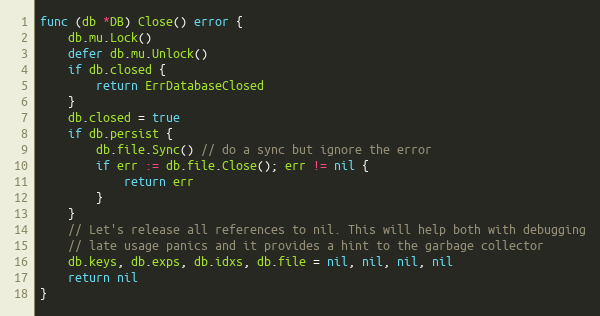
Language: Go
func (db *DB) Close() error {
	db.mu.Lock()
	defer db.mu.Unlock()
	if db.closed {
		return ErrDatabaseClosed
	}
	db.closed = true
	if db.persist {
		db.file.Sync() // do a sync but ignore the error
		if err := db.file.Close(); err != nil {
			return err
		}
	}
	// Let's release all references to nil. This will help both with debugging
	// late usage panics and it provides a hint to the garbage collector
	db.keys, db.exps, db.idxs, db.file = nil, nil, nil, nil
	return nil
}